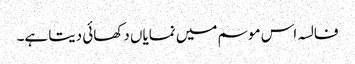
فالسہ اس موسم میں نمایاں دکھائی دیتا ہے۔